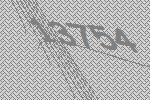
13754